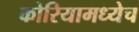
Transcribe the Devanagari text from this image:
कोरियामध्येच